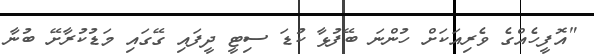
"އޮފީހެއްގެ ވެރިއަކަށް ހުންނަ ބޭފުޅާ ކުޑަ ސިޓީ ދީފައި ގޭގައި މަޑުކުރާށޭ ބުނާ